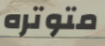
متوتره